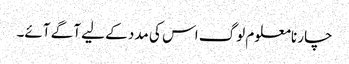
چار نامعلوم لوگ اس کی مدد کے لیے آگے آئے۔